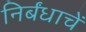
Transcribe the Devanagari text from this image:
निर्बंधाचें